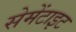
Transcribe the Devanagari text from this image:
सेमेंटाइट